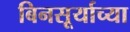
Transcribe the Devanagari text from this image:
बिनसूर्याच्या